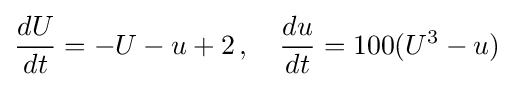
{\frac {dU}{dt}}=-U-u+2\,,\quad {\frac {du}{dt}}=100(U^{3}-u)